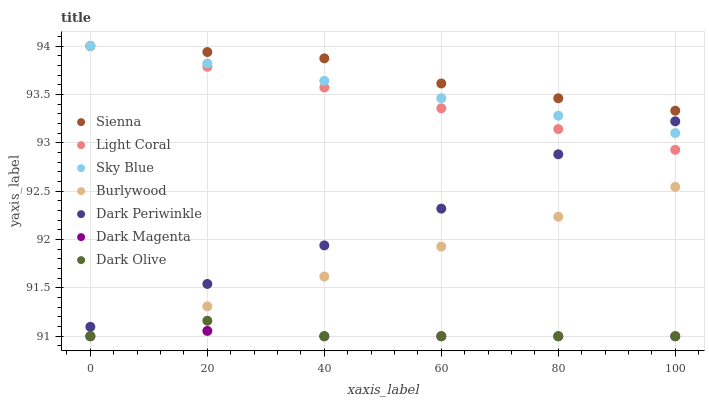
| xaxis_label | Sienna | Light Coral | Sky Blue | Burlywood | Dark Periwinkle | Dark Magenta | Dark Olive |
 | --- | --- | --- | --- | --- | --- | --- | --- |
 | 0 | 94 | 94 | 94 | 91 | 91.1 | 91 | 91 |
 | 20 | 93.9 | 93.8 | 93.8 | 91.3 | 91.5 | 91.1 | 91.2 |
 | 40 | 93.9 | 93.6 | 93.6 | 91.6 | 91.9 | 91 | 91 |
 | 60 | 93.6 | 93.4 | 93.5 | 91.9 | 92.3 | 91 | 91 |
 | 80 | 93.5 | 93.1 | 93.3 | 92.2 | 92.9 | 91 | 91 |
 | 100 | 93.3 | 92.9 | 93.1 | 92.5 | 93.2 | 91 | 91 |